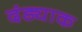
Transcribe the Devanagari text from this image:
दंड्याक